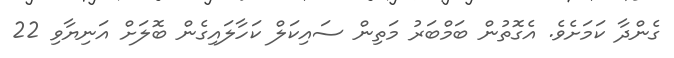
ގެންދާ ކަމަށެވެ. އެގޮތުން ބަމްބަރު މަތިން ސައިކަލް ކަހާލައިގެން ބޮލަށް އަނިޔާވި 22